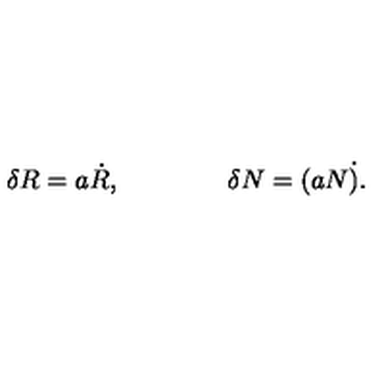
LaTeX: \delta R = a \dot { R } , \qquad \qquad \delta N = ( a N \dot { ) } .